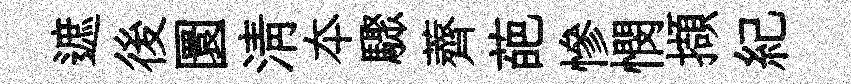
遮後圜淸夲驟薺葩慘憫擷紀